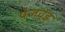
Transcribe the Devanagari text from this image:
पेजवुड